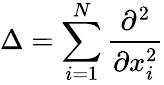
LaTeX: \Delta=\sum_{i=1}^{N}\frac{\partial^{2}}{\partial x_{i}^{2}}